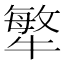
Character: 𤛎